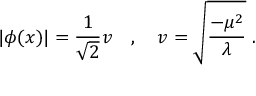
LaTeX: | \phi ( x ) | = \frac { 1 } { \sqrt { 2 } } v \ \ \ , \ \ \ v = \sqrt { \frac { - \mu ^ { 2 } } { \lambda } } \ .